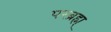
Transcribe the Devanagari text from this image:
परब्रह्म्